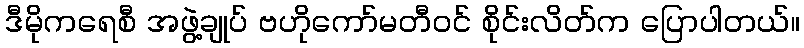
ဒီမိုကရေစီ အဖွဲ့ချုပ် ဗဟိုကော်မတီဝင် စိုင်းလိတ်က ပြောပါတယ်။